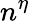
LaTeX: n^{\eta}